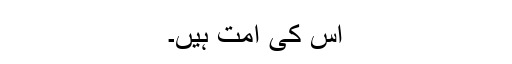
اس کی امت ہیں۔